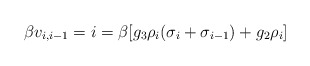
\begin{align*}\beta v_{i,i-1} = i = \beta [g_3 \rho _i (\sigma _i+\sigma _{i-1})+g_2\rho _i ] \end{align*}